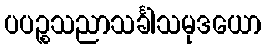
ပပဉ္စသညာသင်္ခါသမုဒယော